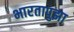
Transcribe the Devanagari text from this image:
भारतापुझा